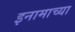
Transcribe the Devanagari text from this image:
इनामाच्या